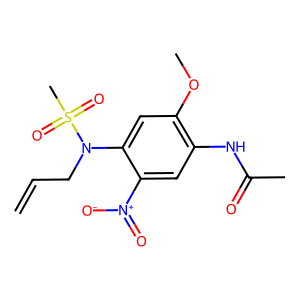
SMILES: C=CCN(c1cc(OC)c(NC(C)=O)cc1[N+](=O)[O-])S(C)(=O)=O
Inhibits HIV replication: No